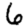
Digit: 6